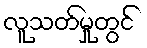
လူသတ်မှုတွင်